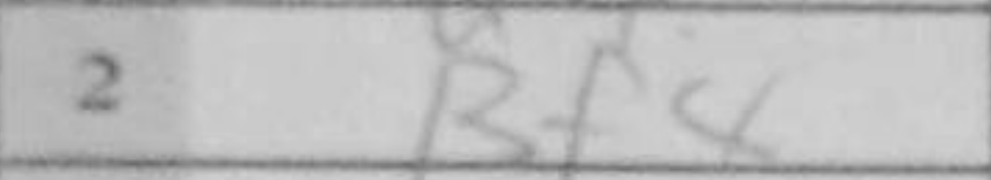
Transcription: Bf4